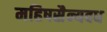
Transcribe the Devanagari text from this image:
महिषसैन्यवध